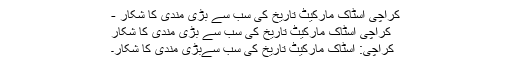
کراچی اسٹاک مارکیٹ تاریخ کی سب سے بڑی مندی کا شکار -
کراچی اسٹاک مارکیٹ تاریخ کی سب سے بڑی مندی کا شکار
کراچی: اسٹاک مارکیٹ تاریخ کی سب سےبڑی مندی کا شکار۔